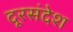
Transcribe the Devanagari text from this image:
दूरसंदेश